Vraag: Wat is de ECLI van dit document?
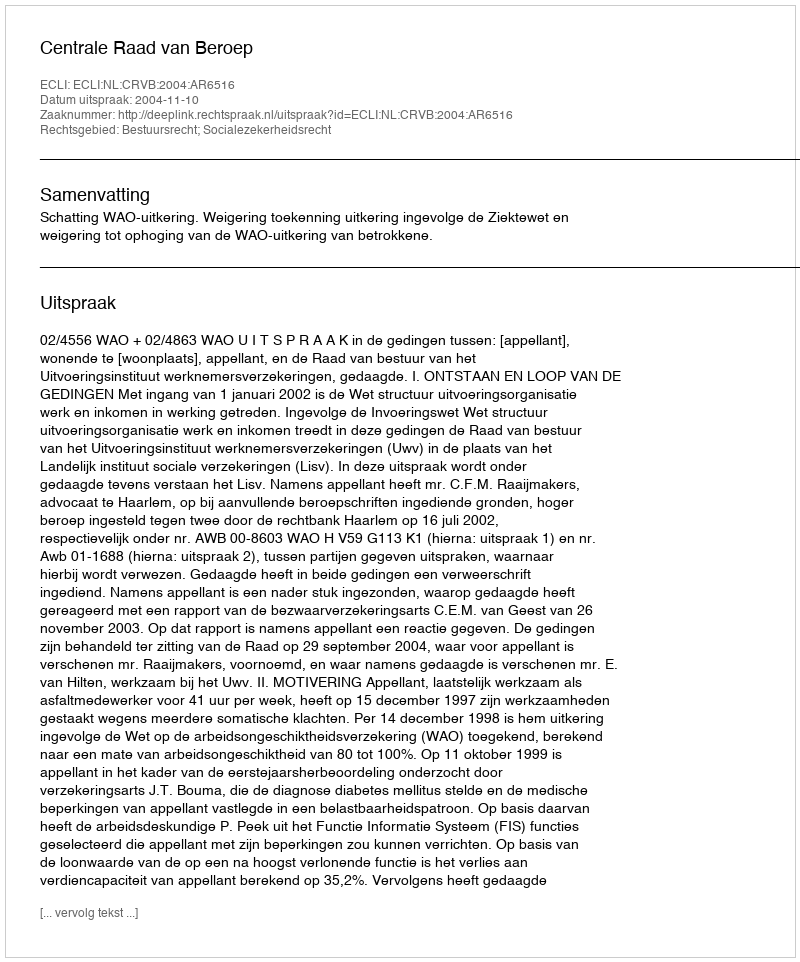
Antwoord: ECLI:NL:CRVB:2004:AR6516